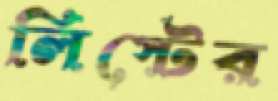
লিস্টের